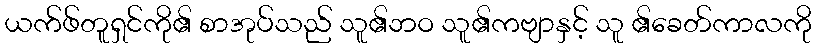
ယက်ဖ်တူရှင်ကို၏ စာအုပ်သည် သူ၏ဘဝ သူ၏ကဗျာနှင့် သူ ၏ခေတ်ကာလကို